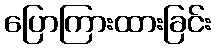
ပြောကြားထားခြင်း